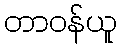
တာဝန်ယူ